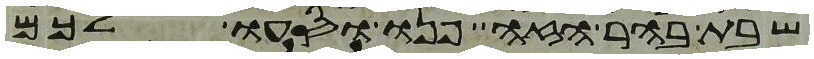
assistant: שבת בהר הזה פנו וסעו לכם